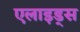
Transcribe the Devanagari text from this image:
एलाइड्स